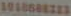
101868823